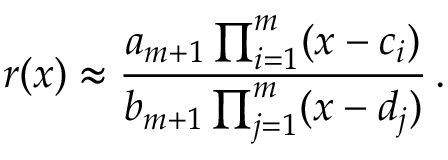
r ( x ) \approx \frac { a _ { m + 1 } \prod _ { i = 1 } ^ { m } ( x - c _ { i } ) } { b _ { m + 1 } \prod _ { j = 1 } ^ { m } ( x - d _ { j } ) } \, .